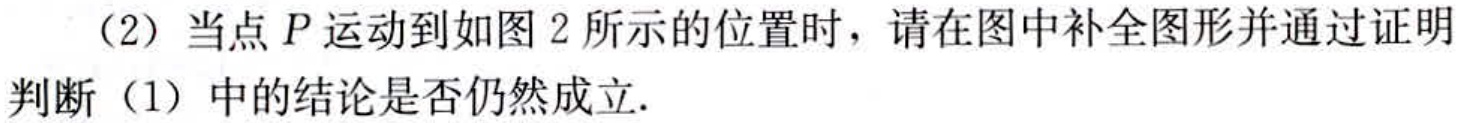
（2）当点\(P\)运动到如图\(2\)所示的位置时，请在图中补全图形并通过证明判断（1）中的结论是否仍然成立.